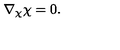
\nabla _ { \chi } { \chi } = 0 .